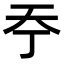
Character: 𡗣